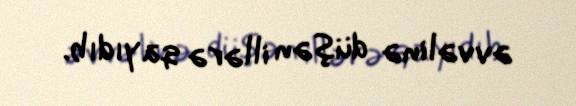
əvvəlinə düşən illərə qayıdıb.